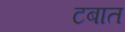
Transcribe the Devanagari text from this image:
टबात